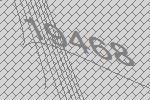
19468